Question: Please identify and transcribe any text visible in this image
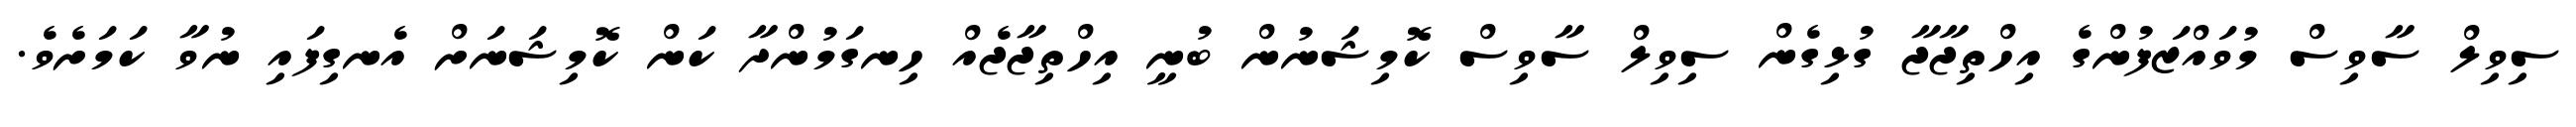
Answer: ސިވިލް ސާވިސް މުވައްޒަފުންގެ އިހްތިޖާޖާ ގުޅިގެން ސިވިލް ސާވިސް ކޮމިޝަނުން ބުނީ އިހްތިޖާޖެއް ހިނގަމުންދާ ކަން ކޮމިޝަނަށް އެނގިފައި ނުވާ ކަމަށެވެ.